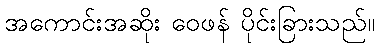
အကောင်းအဆိုး ဝေဖန် ပိုင်းခြားသည်။